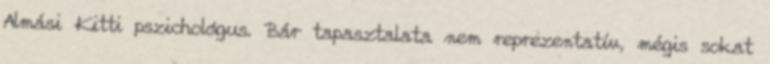
Almási Kitti pszichológus. Bár tapasztalata nem reprezentatív, mégis sokat